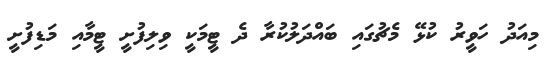
މިއަދު ހަވީރު ކުޅޭ މެޗުގައި ބައްދަލުކުރާ ދެ ޓީމަކީ ވިލިފުށީ ޓީމާއި މަޑިފުށީ